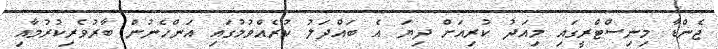
ޖެންޑާ މިނިސްޓްރީގައި މިއަދު ކުރިއަށް ދިޔަ އެ ބައްދަލު ކުރެއްވުމުގައި އަންހެނުން ބާރުވެރިކުރުމާއި